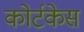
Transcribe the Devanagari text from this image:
कोर्टकेस